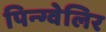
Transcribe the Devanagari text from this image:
पिन्ग्वेलिर